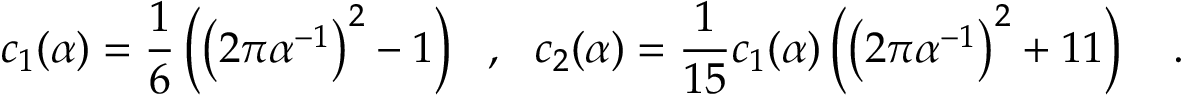
c _ { 1 } ( \alpha ) = \frac 1 6 \left( \left( 2 \pi \alpha ^ { - 1 } \right) ^ { 2 } - 1 \right) ~ ~ , ~ ~ c _ { 2 } ( \alpha ) = { \frac { 1 } { 1 5 } } c _ { 1 } ( \alpha ) \left( \left( 2 \pi \alpha ^ { - 1 } \right) ^ { 2 } + 1 1 \right) ~ ~ ~ .